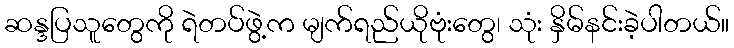
ဆန္ဒပြသူတွေကို ရဲတပ်ဖွဲ့က မျက်ရည်ယိုဗုံးတွေ၊ သုံး နှိမ်နင်းခဲ့ပါတယ်။